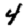
Digit: 4